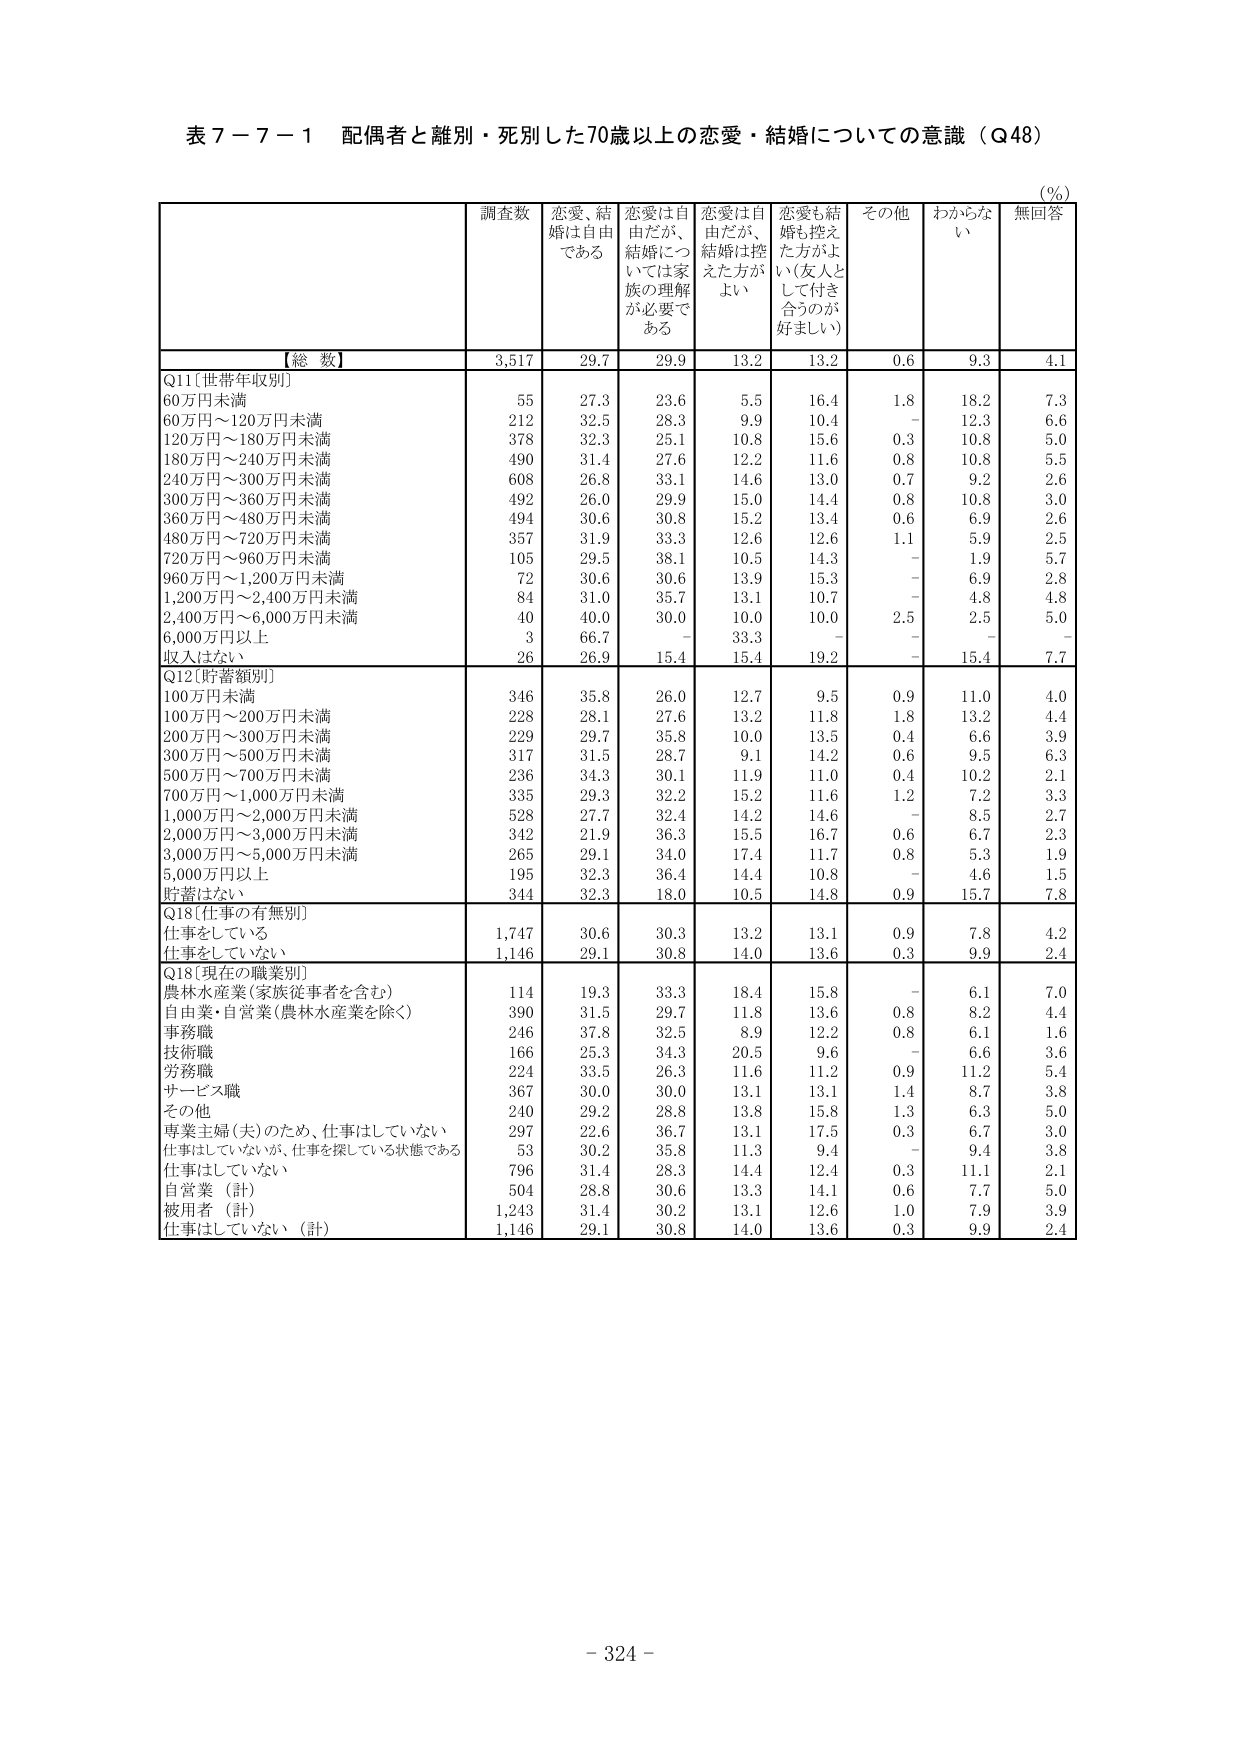
表７－７－１ 配偶者と離別・死別した70歳以上の恋愛・結婚についての意識（Q48）

（％）

調査数 恋愛、結婚は自由である 恋愛は自由だが、結婚については家族の理解が必要である 恋愛は自由だが、結婚は控えた方がよい 恋愛も結婚も控えた方がよい（友人として付き合うのが好ましい） その他 わからない 無回答

【総 数】 3,517 29.7 29.9 13.2 13.2 0.6 9.3 4.1

Q11［世帯年収別］
60万円未満 55 27.3 23.6 5.5 16.4 1.8 18.2 7.3
60万円～120万円未満 212 32.5 28.3 9.9 10.4 - 12.3 6.6
120万円～180万円未満 378 32.3 25.1 10.8 15.6 0.3 10.8 5.0
180万円～240万円未満 490 31.4 27.6 12.2 11.6 0.8 10.8 5.5
240万円～300万円未満 608 26.8 33.1 14.6 13.0 0.7 9.2 2.6
300万円～360万円未満 492 26.0 29.9 15.0 14.4 0.8 10.8 3.0
360万円～480万円未満 494 30.6 30.8 15.2 13.4 0.6 6.9 2.6
480万円～720万円未満 357 31.9 33.3 12.6 12.6 1.1 5.9 2.5
720万円～960万円未満 105 29.5 38.1 10.5 14.3 - 1.9 5.7
960万円～1,200万円未満 72 30.6 30.6 13.9 15.3 - 6.9 2.8
1,200万円～2,400万円未満 84 31.0 35.7 13.1 10.7 - 4.8 4.8
2,400万円～6,000万円未満 40 40.0 30.0 10.0 10.0 2.5 2.5 5.0
6,000万円以上 3 66.7 - 33.3 - - - -
収入はない 26 26.9 15.4 15.4 19.2 - 15.4 7.7

Q12［貯蓄額別］
100万円未満 346 35.8 26.0 12.7 9.5 0.9 11.0 4.0
100万円～200万円未満 228 28.1 27.6 13.2 11.8 1.8 13.2 4.4
200万円～300万円未満 229 29.7 35.8 10.0 13.5 0.4 6.6 3.9
300万円～500万円未満 317 31.5 28.7 9.1 14.2 0.6 9.5 6.3
500万円～700万円未満 236 34.3 30.1 11.9 11.0 0.4 10.2 2.1
700万円～1,000万円未満 335 29.3 32.2 15.2 11.6 1.2 7.2 3.3
1,000万円～2,000万円未満 528 27.7 32.4 14.2 14.6 - 8.5 2.7
2,000万円～3,000万円未満 342 21.9 36.3 15.5 16.7 0.6 6.7 2.3
3,000万円～5,000万円未満 265 29.1 34.0 17.4 11.7 0.8 5.3 1.9
5,000万円以上 195 32.3 36.4 14.4 10.8 - 4.6 1.5
貯蓄はない 344 32.3 18.0 10.5 14.8 0.9 15.7 7.8

Q18［仕事の有無別］
仕事をしている 1,747 30.6 30.3 13.2 13.1 0.9 7.8 4.2
仕事をしていない 1,146 29.1 30.8 14.0 13.6 0.3 9.9 2.4

Q18［現在の職業別］
農林水産業（家族従事者を含む） 114 19.3 33.3 18.4 15.8 - 6.1 7.0
自由業・自営業（農林水産業を除く） 390 31.5 29.7 11.8 13.6 0.8 8.2 4.4
事務職 246 37.8 32.5 8.9 12.2 0.8 6.1 1.6
技術職 166 25.3 34.3 20.5 9.6 - 6.6 3.6
労務職 224 33.5 26.3 11.6 11.2 0.9 11.2 5.4
サービス職 367 30.0 30.0 13.1 13.1 1.4 8.7 3.8
その他 240 29.2 28.8 13.8 15.8 1.3 6.3 5.0
専業主婦（夫）のため、仕事はしていない 297 22.6 36.7 13.1 17.5 0.3 6.7 3.0
仕事はしていないが、仕事を探している状態である 53 30.2 35.8 11.3 9.4 - 9.4 3.8
仕事はしていない 796 31.4 28.3 14.4 12.4 0.3 11.1 2.1
自営業（計） 504 28.8 30.6 13.3 14.1 0.6 7.7 5.0
被用者（計） 1,243 31.4 30.2 13.1 12.6 1.0 7.9 3.9
仕事はしていない（計） 1,146 29.1 30.8 14.0 13.6 0.3 9.9 2.4

- 324 -